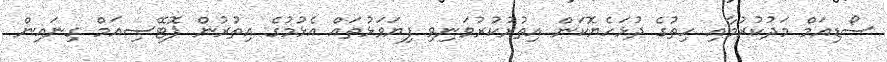
ސޯޑިއަމް މަދުކުރުމާއި ހިތުގެ ދުޅަހެޔޮކަން އިތުރުކުރުވަނިވި ފިޔަވަޅުތައް އެޅުމުގެ އިތުރުން ޕޮޓޭސިއަމް ގިނައިން